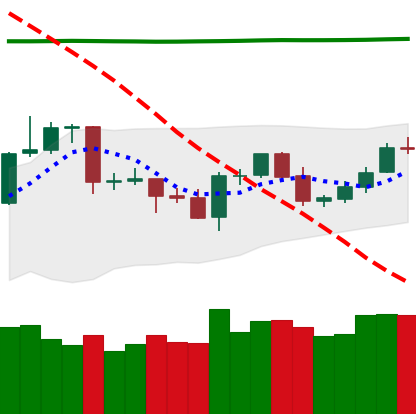
Ticker: LTC-USD
Chart end date: 2020-04-25
Forward return: 4.471%
Label: up_3_5